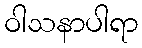
ဝါသနာပါရာ